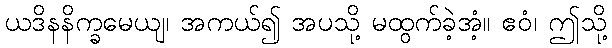
ယဒိနနိက္ခမေယျ၊ အကယ်၍ အပသို့ မထွက်ခဲ့အံ့။ ဧဝံ၊ ဤသို့